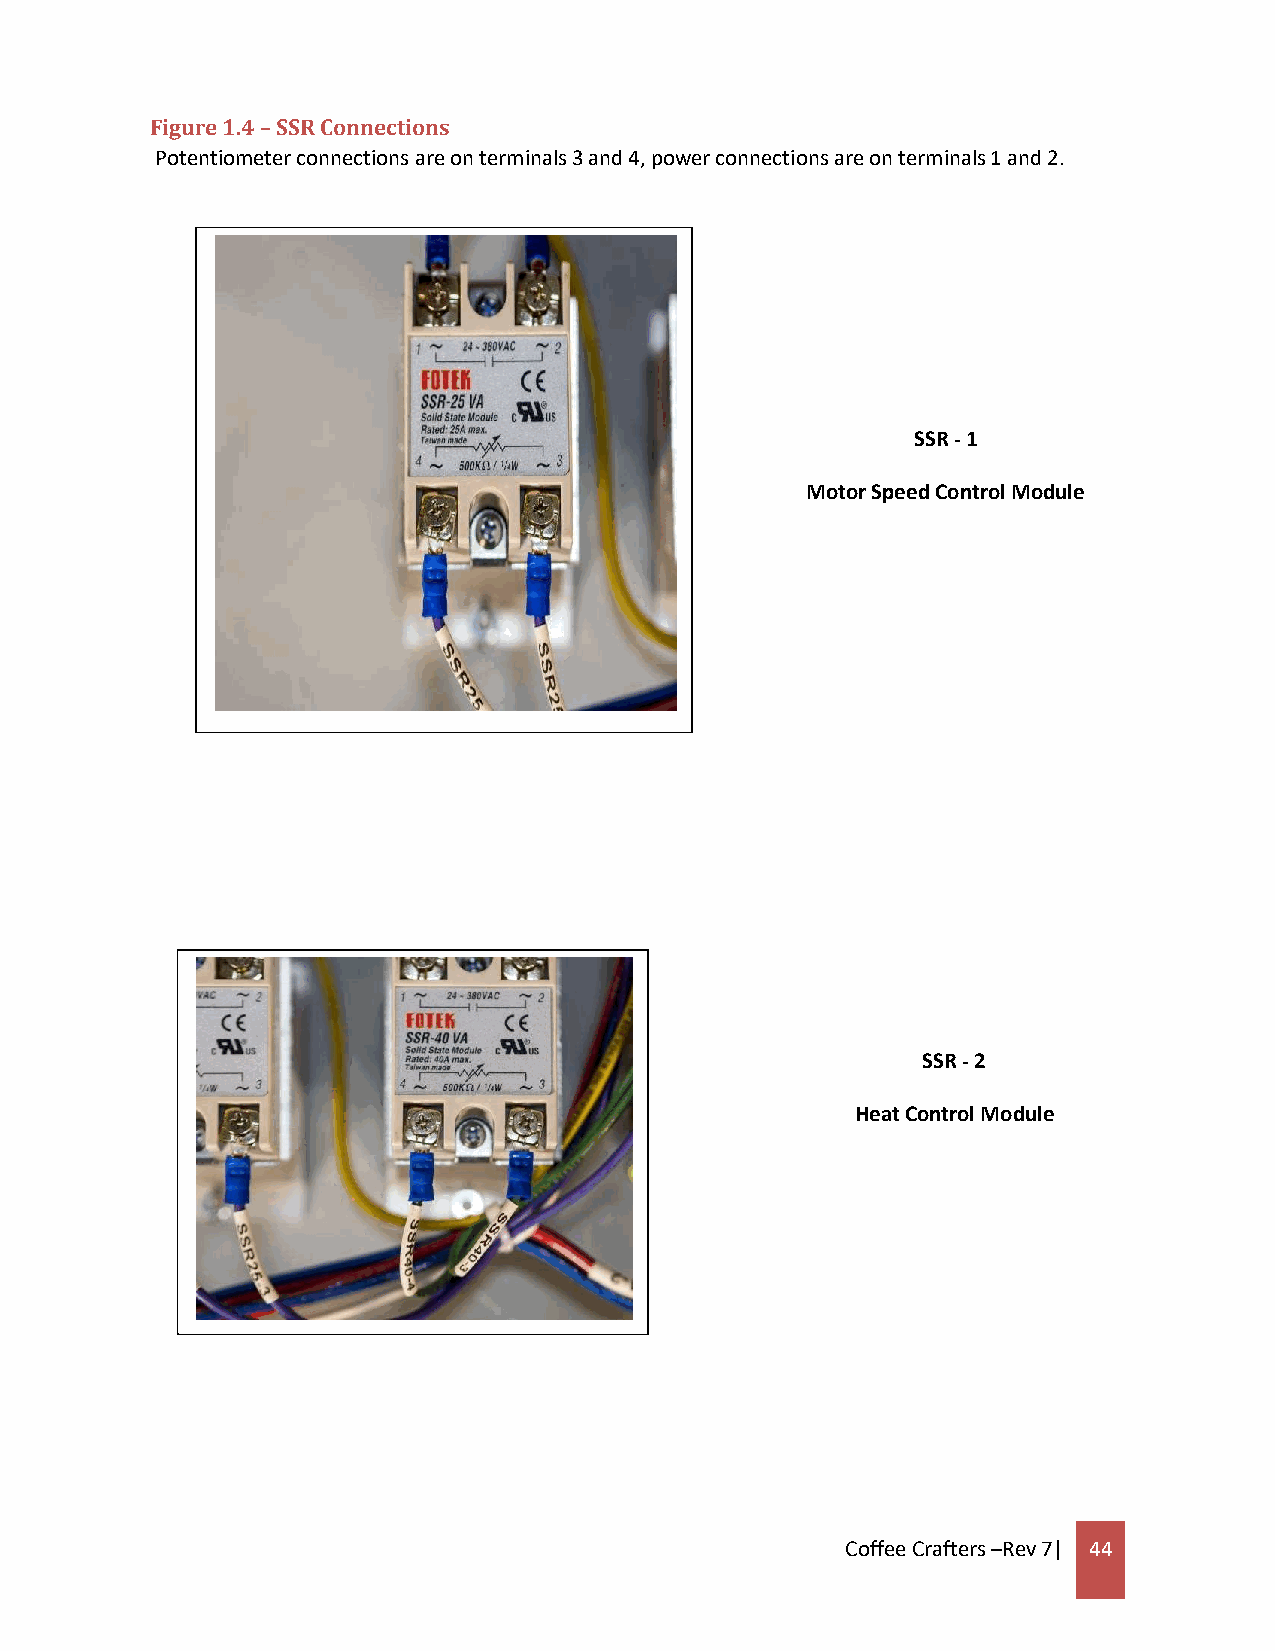
Figure 1.4 – SSR Connections
 Potentiometer connections are on terminals 3 and 4, power connections are on terminals 1 and 2.
 SSR - 1
 Motor Speed Control Module
 SSR - 2
 Heat Control Module
 Coffee Crafters –Rev 7| 44